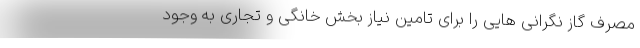
مصرف گاز نگرانی هایی را برای تامین نیاز بخش خانگی و تجاری به وجود